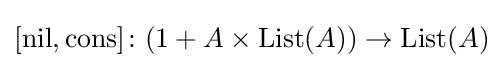
[\mathrm {nil} ,\mathrm {cons} ]\colon (1+A\times \mathrm {List} (A))\to \mathrm {List} (A)